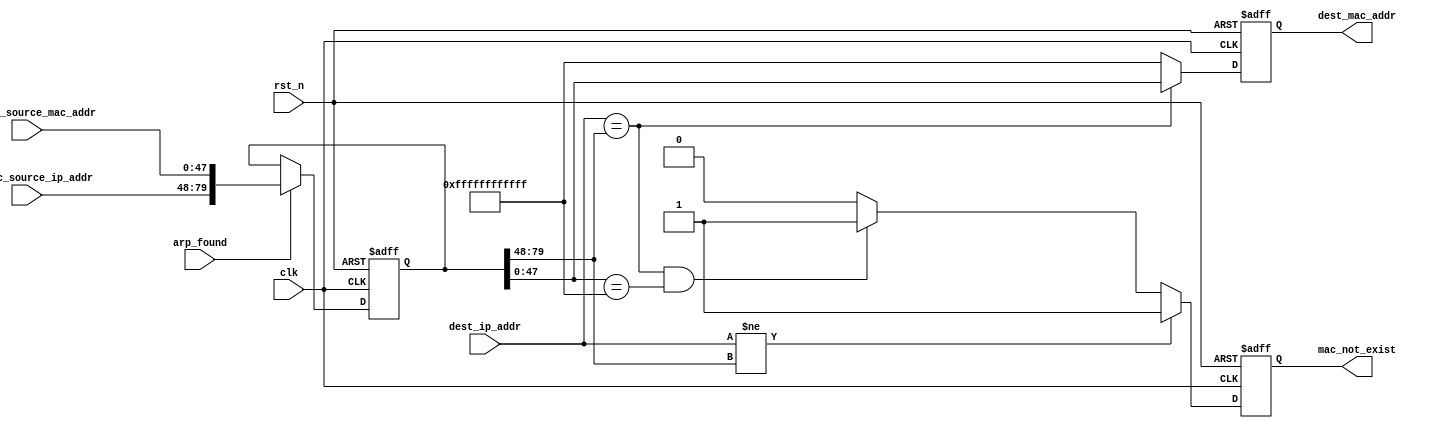
`timescale 1ns / 1ps
//////////////////////////////////////////////////////////////////////////////////
// Company: 
// Engineer: 
// 
// Design Name: 
// Module Name: arp_cache
// Project Name: 
// Target Devices: 
// Tool Versions: 
// Description: 
// 
// Dependencies: 
// 
// Revision:
// Revision 0.01 - File Created
// Additional Comments:
// 
//////////////////////////////////////////////////////////////////////////////////

module arp_cache(
    input                clk ,
    input                rst_n ,
    
    input                arp_found,
    input      [31:0]    arp_rec_source_ip_addr,
    input      [47:0]    arp_rec_source_mac_addr,
               
    input      [31:0]    dest_ip_addr,
    output reg [47:0]    dest_mac_addr,
    
    output reg           mac_not_exist
) ;
           
    reg [79:0]  arp_cache ;
    
    //init arp cache
    always @(posedge clk or negedge rst_n)
    begin
        if (~rst_n)
            arp_cache  <= 80'h00_00_00_00_ff_ff_ff_ff_ff_ff ;
        else if (arp_found)
            arp_cache  <= {arp_rec_source_ip_addr, arp_rec_source_mac_addr} ;
        else
            arp_cache  <= arp_cache ;
    end
      
    always @(posedge clk or negedge rst_n)
    begin
        if (~rst_n)
            dest_mac_addr  <= 48'hff_ff_ff_ff_ff_ff ;
        else if (dest_ip_addr == arp_cache[79:48])
            dest_mac_addr  <= arp_cache[47:0] ;
        else
            dest_mac_addr  <= 48'hff_ff_ff_ff_ff_ff ;
    end
      
    always @(posedge clk or negedge rst_n)
    begin
        if (~rst_n)
            mac_not_exist  <= 1'b0 ;
        else if (dest_ip_addr != arp_cache[79:48])
            mac_not_exist  <= 1'b1 ;
        else if (dest_ip_addr == arp_cache[79:48] && arp_cache[47:0] == 48'hff_ff_ff_ff_ff_ff)
            mac_not_exist  <= 1'b1 ;
        else
            mac_not_exist  <= 1'b0 ;
    end
  
endmodule